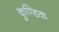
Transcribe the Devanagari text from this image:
कुण्डिक